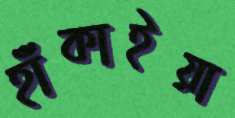
হাঁকাইয়া